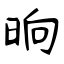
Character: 晌